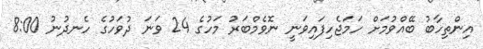
އިންތިހާބު ބޭއްވުމަށް ހަމަޖެހިފައިވަނީ ނޮވެމްބަރު މަހުގެ 24 ވަނަ ދުވަހުގެ ހެނދުނު 8:00